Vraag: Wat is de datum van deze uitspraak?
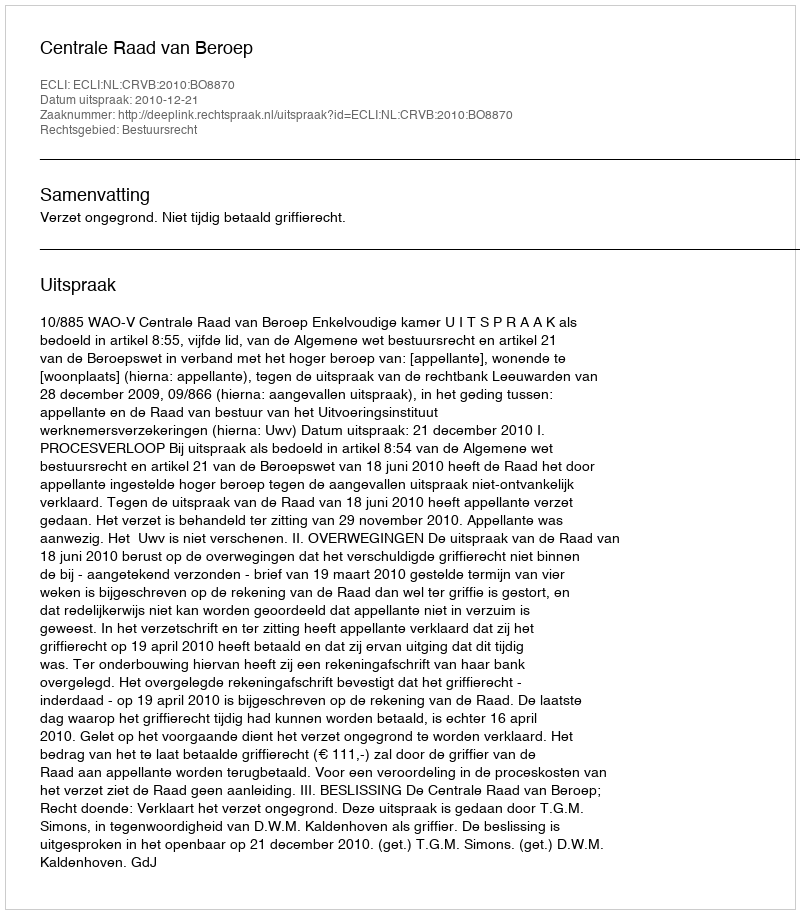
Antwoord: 2010-12-21